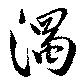
濁